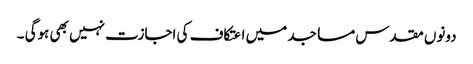
دونوں مقدس مساجد میں اعتکاف کی اجازت نہیں بھی ہوگی ۔